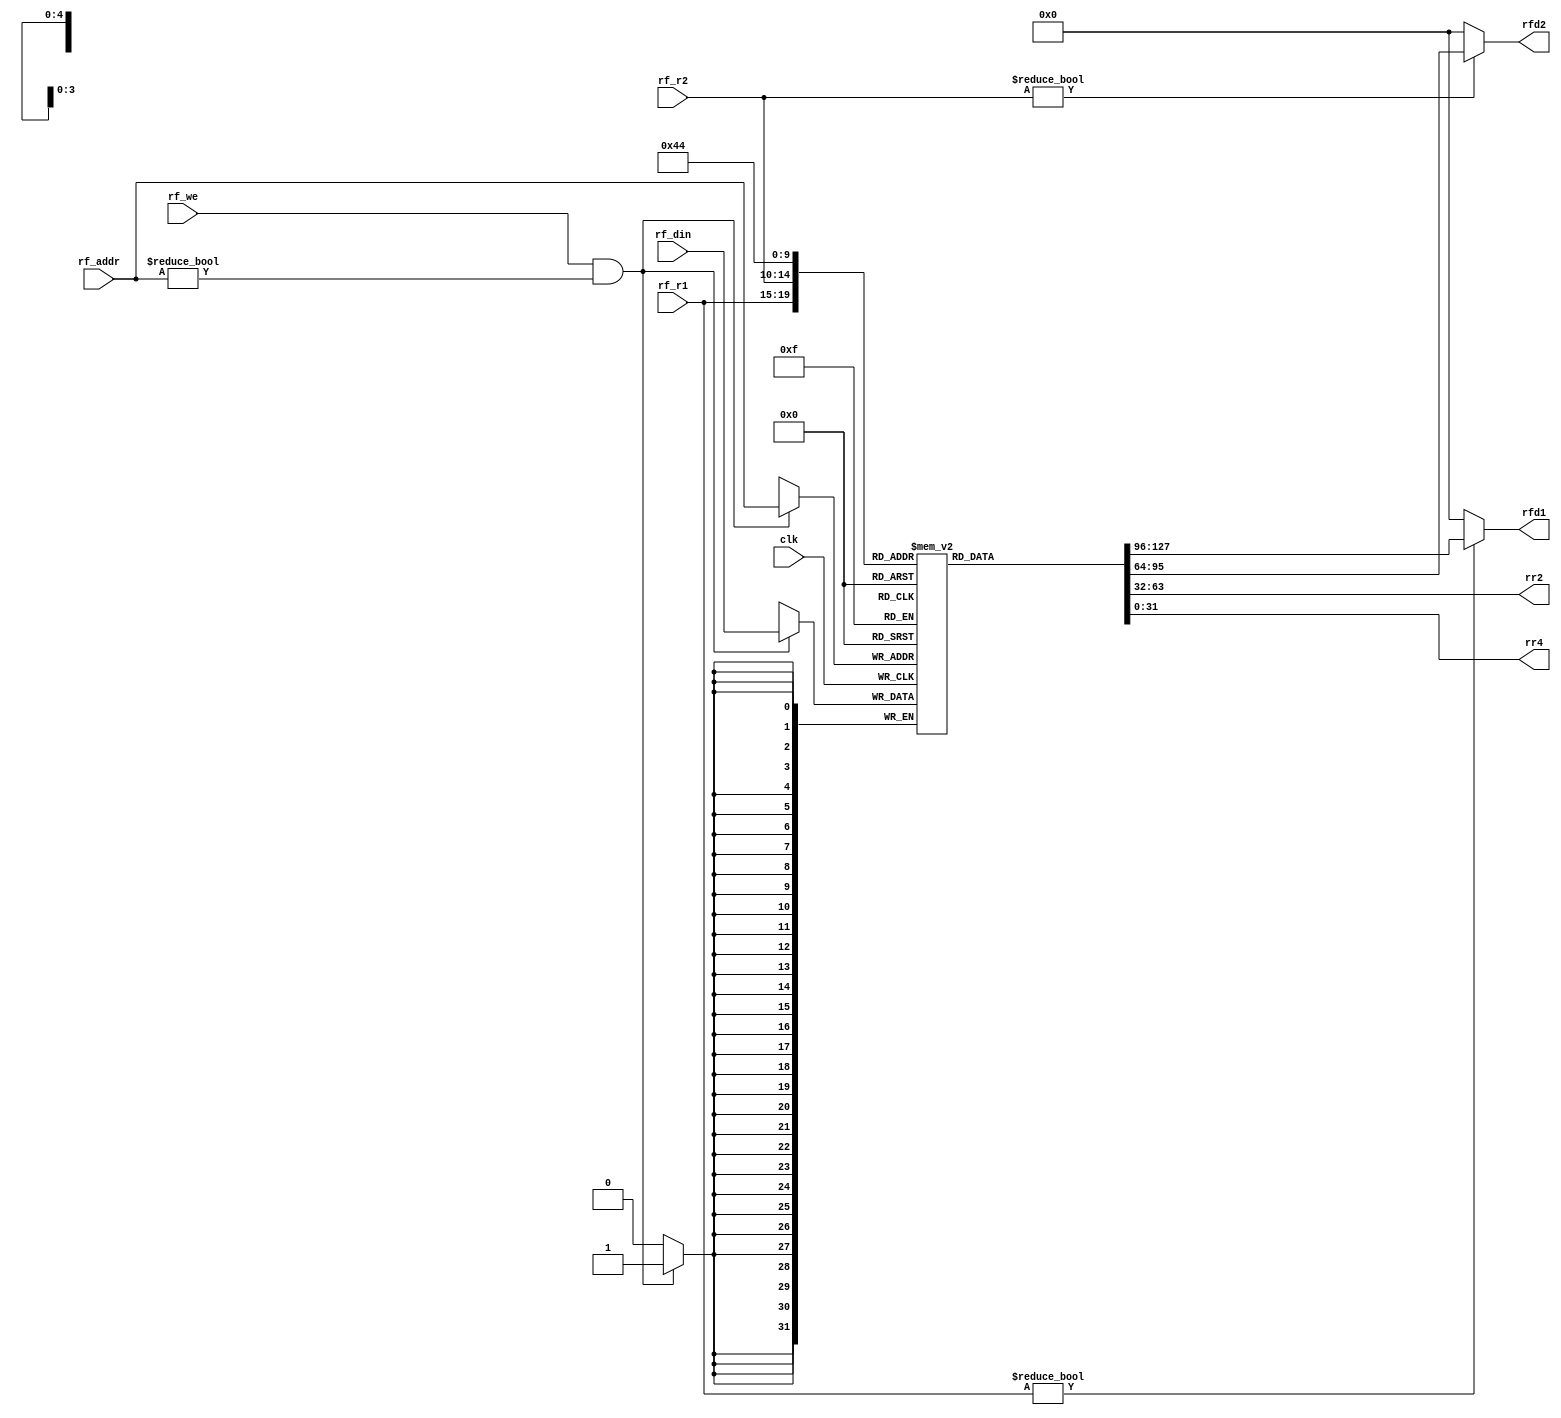
`timescale 1ns / 1ps
//////////////////////////////////////////////////////////////////////////////////
// Company: 
// Engineer: 
// 
// Design Name: 
// Module Name: regfile
// Project Name: 
// Target Devices: 
// Tool Versions: 
// Description: 
// 
// Dependencies: 
// 
// Revision:
// Revision 0.01 - File Created
// Additional Comments:
// 
//////////////////////////////////////////////////////////////////////////////////

module regfile(
input clk,
input rf_we,
input [4:0] rf_addr,
input [31:0] rf_din,
input [4:0] rf_r1,
input [4:0] rf_r2,
output [31:0] rfd1,
output [31:0] rfd2,
output [31:0] rr2,
output [31:0] rr4
);

parameter DATA_WID=32;
parameter ADDR_WID=5;

reg [DATA_WID-1:0] rf_content[2**ADDR_WID-1:0];
    
always@(negedge clk)
begin
    if(rf_we && (rf_addr != 5'd0))
    begin
        rf_content[rf_addr]<=rf_din;            
    end
end
assign rfd1 = (rf_r1 != 5'd0)? rf_content[rf_r1] : 32'd0;
assign rfd2 = (rf_r2 != 5'd0)? rf_content[rf_r2] : 32'd0;
assign rr2 = rf_content[2];
assign rr4 = rf_content[4];

endmodule